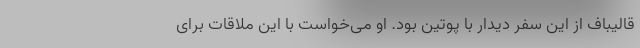
قالیباف از این سفر دیدار با پوتین بود. او می‌خواست با این ملاقات برای